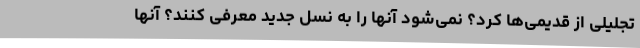
تجلیلی از قدیمی‌ها کرد؟ نمی‌شود آنها را به نسل جدید معرفی کنند؟ آنها